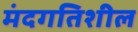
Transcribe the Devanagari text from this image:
मंदगतिशील